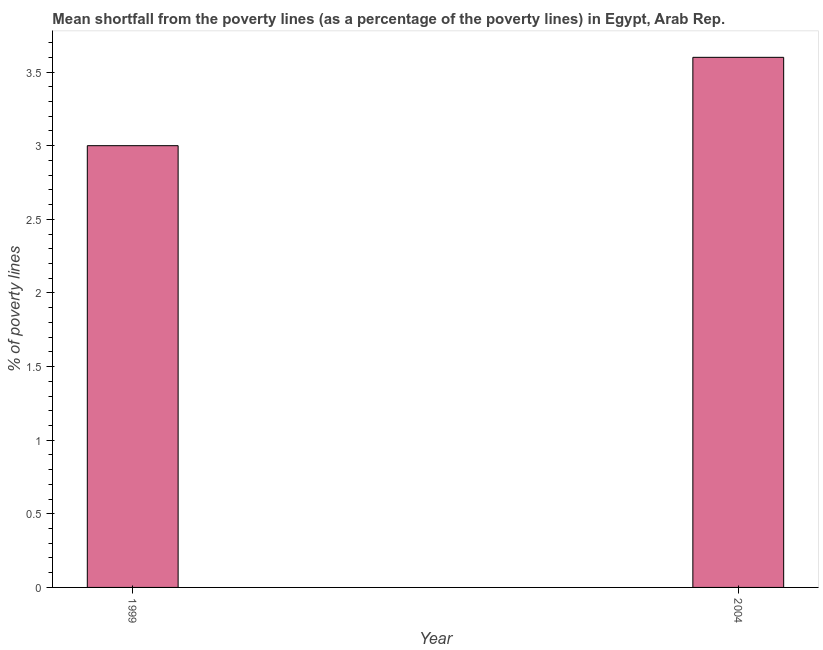
| Year | Poverty gap at national poverty lines |
 | --- | --- |
 | 1999 | 3 |
 | 2004 | 3.6 |